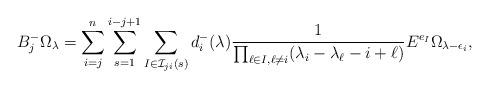
LaTeX: \begin{align*}B_j^-\Omega_\lambda = \sum_{i=j}^{n}\sum_{s=1}^{i-j+1}\sum_{I\in\mathcal{I}_{ji}(s)}d_{i}^-(\lambda)\frac{1}{\prod_{\ell\in I,\ell\neq i} (\lambda_i-\lambda_\ell-i+\ell)}E^{e_I}\Omega_{\lambda-\epsilon_i},\end{align*}